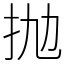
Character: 抛